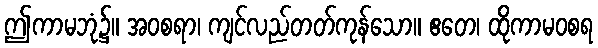
ဤကာမဘုံ၌။ အဝစရာ၊ ကျင်လည်တတ်ကုန်သော။ ဧတေ၊ ထိုကာမဝစရ